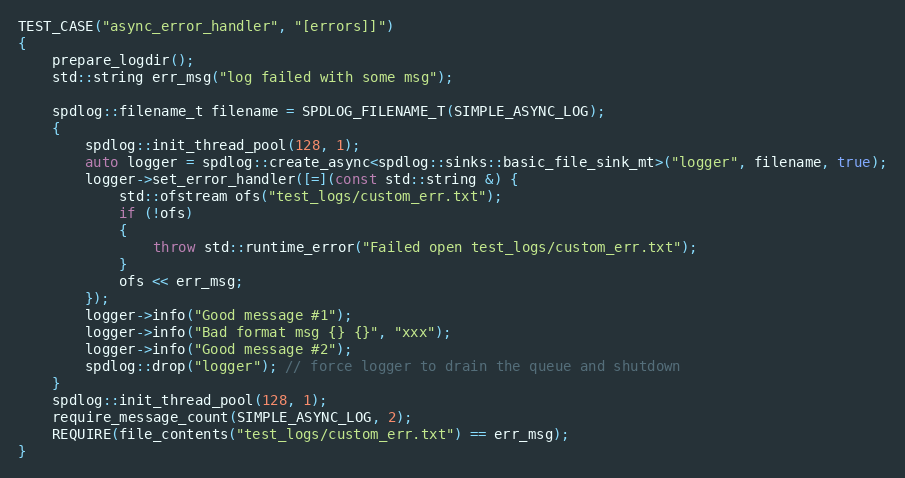
Language: C++
TEST_CASE("async_error_handler", "[errors]]")
{
    prepare_logdir();
    std::string err_msg("log failed with some msg");

    spdlog::filename_t filename = SPDLOG_FILENAME_T(SIMPLE_ASYNC_LOG);
    {
        spdlog::init_thread_pool(128, 1);
        auto logger = spdlog::create_async<spdlog::sinks::basic_file_sink_mt>("logger", filename, true);
        logger->set_error_handler([=](const std::string &) {
            std::ofstream ofs("test_logs/custom_err.txt");
            if (!ofs)
            {
                throw std::runtime_error("Failed open test_logs/custom_err.txt");
            }
            ofs << err_msg;
        });
        logger->info("Good message #1");
        logger->info("Bad format msg {} {}", "xxx");
        logger->info("Good message #2");
        spdlog::drop("logger"); // force logger to drain the queue and shutdown
    }
    spdlog::init_thread_pool(128, 1);
    require_message_count(SIMPLE_ASYNC_LOG, 2);
    REQUIRE(file_contents("test_logs/custom_err.txt") == err_msg);
}